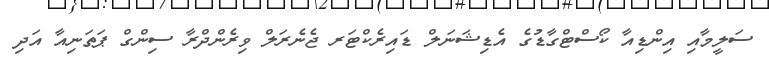
ސަލީމާއި އިންޑިއާ ކޯސްޓްގާޑުގެ އެޑިޝަނަލް ޑައިރެކްޓަރ ޖެނެރަލް ވިރެންދްރާ ސިންގް ޕަތަނިއާ އަދި